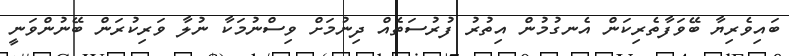
ބައިވެރިޔާ ބޭވަފާތެރިކަން އެނގުމުން އިތުރު ފުރުސަތެއް ދިނުމަށް ވިސްނުމަކާ ނުލާ ވަރިކުރަން ބޭނުންވަނީ